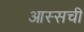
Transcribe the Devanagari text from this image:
आस्सची